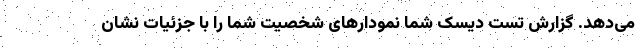
می‌دهد. گزارش تست دیسک شما نمودارهای شخصیت شما را با جزئیات نشان